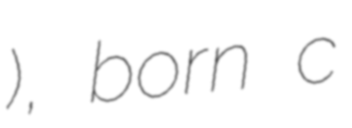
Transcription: Руткович), born c